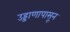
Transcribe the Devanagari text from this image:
उड्डाणापासून